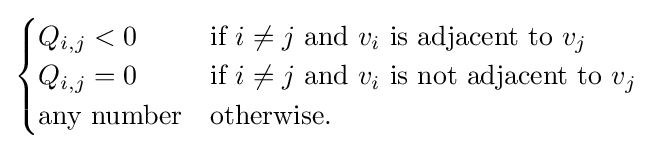
{\begin{cases}Q_{i,j}<0&{\mbox{if }}i\neq j{\mbox{ and }}v_{i}{\mbox{ is adjacent to }}v_{j}\\Q_{i,j}=0&{\mbox{if }}i\neq j{\mbox{ and }}v_{i}{\mbox{ is not adjacent to }}v_{j}\\{\mbox{any number}}&{\mbox{otherwise}}.\end{cases}}